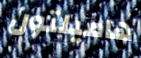
هاميلتون